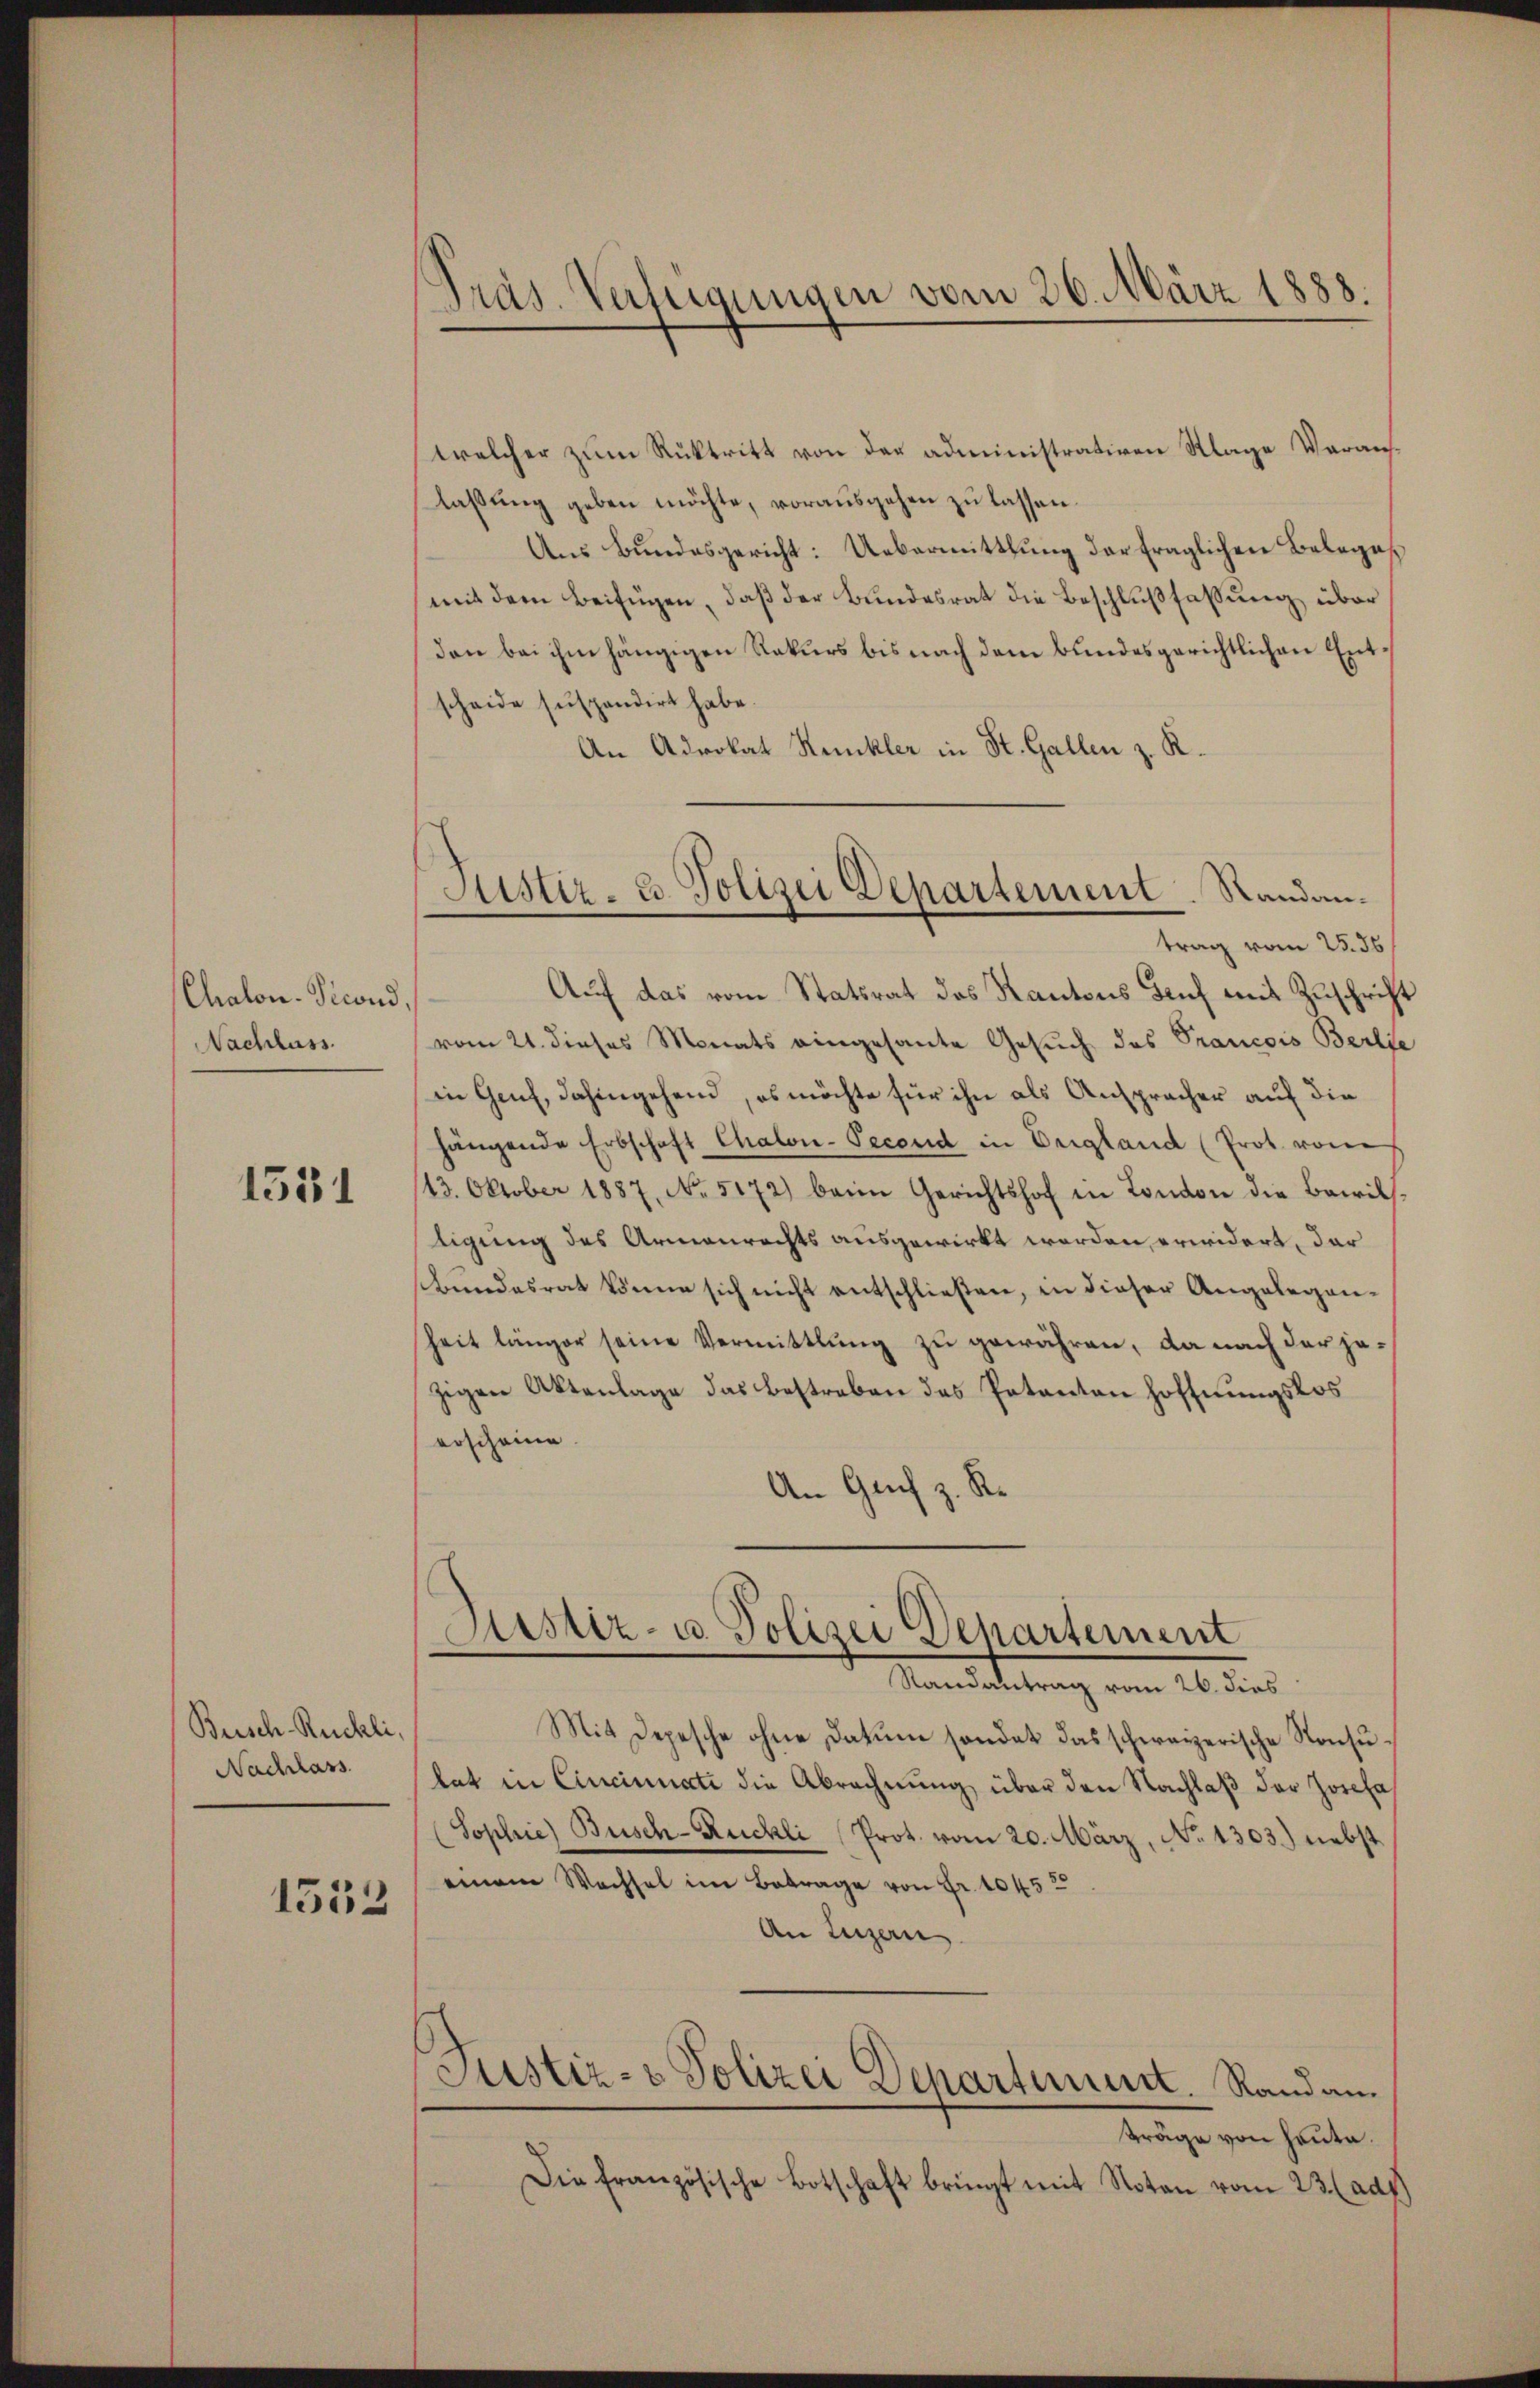
Chalon-Picond
Nachlass.

1531

Busch-Ruchli,
Nachlass

1552

Präs. Verfügungen vom 26. März 1888.

welcher zum Rücktritt von der administrativen Klage Veranslaßung geben möchte, vorausgehen zu lassen.
Aus Bundesgericht: Uebermittlung der fraglichen Beleges
mit dem Beifügen, daß der Bundesrat die Beschlußfaßung über
den bei ihm hängigen Rekurs bis nach dem Bundesgerichtlichen Entscheide suspendirt habe.
An Advokat Kunkler in St. Gallen z. R.
trag vom 25. 36
Auf das vom Statsrat des Kantons Genf mit Zuschrift
vom 21. dieses Monats eingesante Gesuch des Trancois Berlio
in Genf, dahingehend, es möchte für ihn als Anspracher auf die
hängende Erbschaft Chalon-Pecond in Vergland (Prot. von
143. Oktober 1887, No. 5172) beim Gerichtshof in London die Bewils-
tigung des Armenrechts ausgewirkt worden erwidert, der
bundesrat könne sich nicht entschließen, in dieser Angelegen¬
Zeit länger seine Vermittlung zu gewähren, da nach der jezigen Aktenlage das bestreben des Petenten Hoffnungslos
erscheine
An Gruf z. R.
Justiz- u. Polizei Departement
Randantrag vom 26. dies
Mit Depesche ohne Datum sondet das schweizerische Konsuhat in Cincinnati die Abrechnung über den Nachlaß der Josefa
(Sophie Busch-Ruchli Prot. vom 20. März, No 1303) nebst
einem Wachsel im Betrage von Fr. 1045 2
An Luzern
Justiz- & Polizei Departement. Randanträge von heute.
Die französische Botschaft bringt mit Noten vom 23. (adg

Justiz- & Polizei Departement. Randan¬